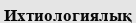
Ихтиологиялық